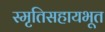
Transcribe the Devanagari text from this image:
स्मृतिसहायभूत